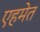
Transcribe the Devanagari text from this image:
एहमेत